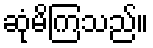
ဆုံမိကြသည်။